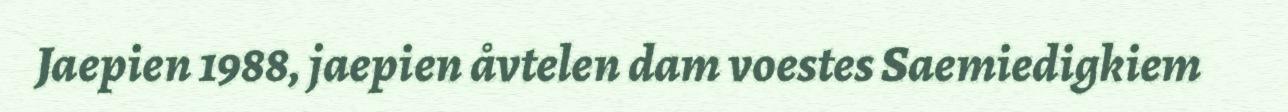
Jaepien 1988, jaepien åvtelen dam voestes Saemiedigkiem